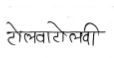
मजकूर: टोलवाटोलवी